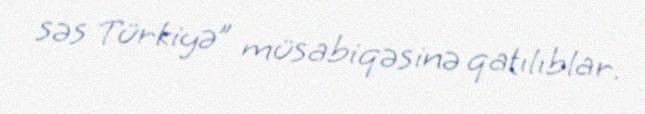
səs Türkiyə” müsabiqəsinə qatılıblar.